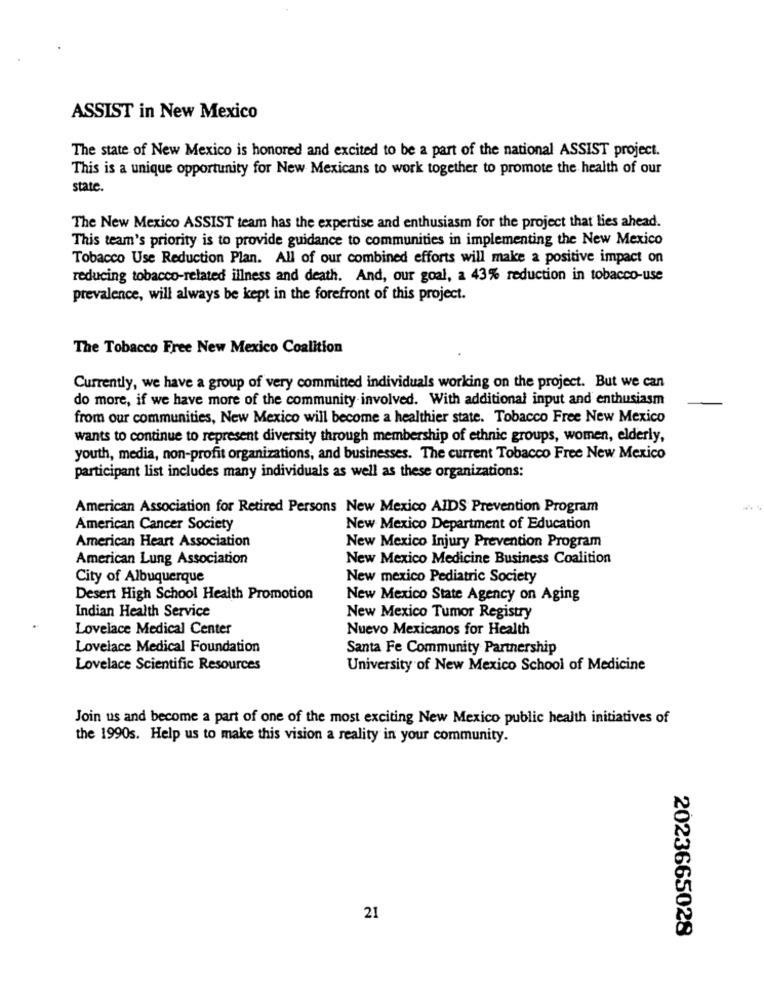
ASSIST in New Mexico
The state of New Mexico is honored and excited to be a part of the national ASSIST project.
This is a unique opportunity for New Mexicans to work together to promote the health of our
state.
The New Mexico ASSIST team has the expertise and enthusiasm for the project that lies ahead.
This team's priority is to provide guidance to communities in implementing the New Mexico
Tobacco Use Reduction Plan. All of our combined efforts will make a positive impact on
reducing tobacco-related illness and death. And, our goal, a 43% reduction in tobacco-use
prevalence, will always be kept in the forefront of this project.
The Tobacco Free New Mexico Coalition
Currently, we have a group of very committed individuals working on the project. But we can
do more, if we have more of the community involved. With additional input and enthusiasm
-
from our communities, New Mexico will become a healthier state. Tobacco Free New Mexico
wants to continue to represent diversity through membership of ethnic groups, women, elderly,
youth, media, non-profit organizations, and businesses. The current Tobacco Free New Mexico
participant list includes many individuals as well as these organizations:
American Association for Retired Persons New Mexico AIDS Prevention Program
American Cancer Society
New Mexico Department of Education
American Heart Association
New Mexico Injury Prevention Program
American Lung Association
New Mexico Medicine Business Coalition
City of Albuquerque
New mexico Pediatric Society
Desert High School Health Promotion
New Mexico State Agency on Aging
Indian Health Service
New Mexico Tumor Registry
Lovelace Medical Center
Nuevo Mexicanos for Health
Lovelace Medical Foundation
Santa Fe Community Partnership
Lovelace Scientific Resources
University of New Mexico School of Medicine
Join us and become a part of one of the most exciting New Mexico public health initiatives of
the 1990s. Help us to make this vision a reality in your community.
21
2023665028